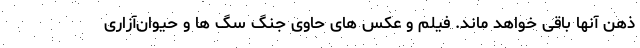
ذهن آنها باقی خواهد ماند. فیلم و عکس های حاوی جنگ سگ ها و حیوان‌آزاری